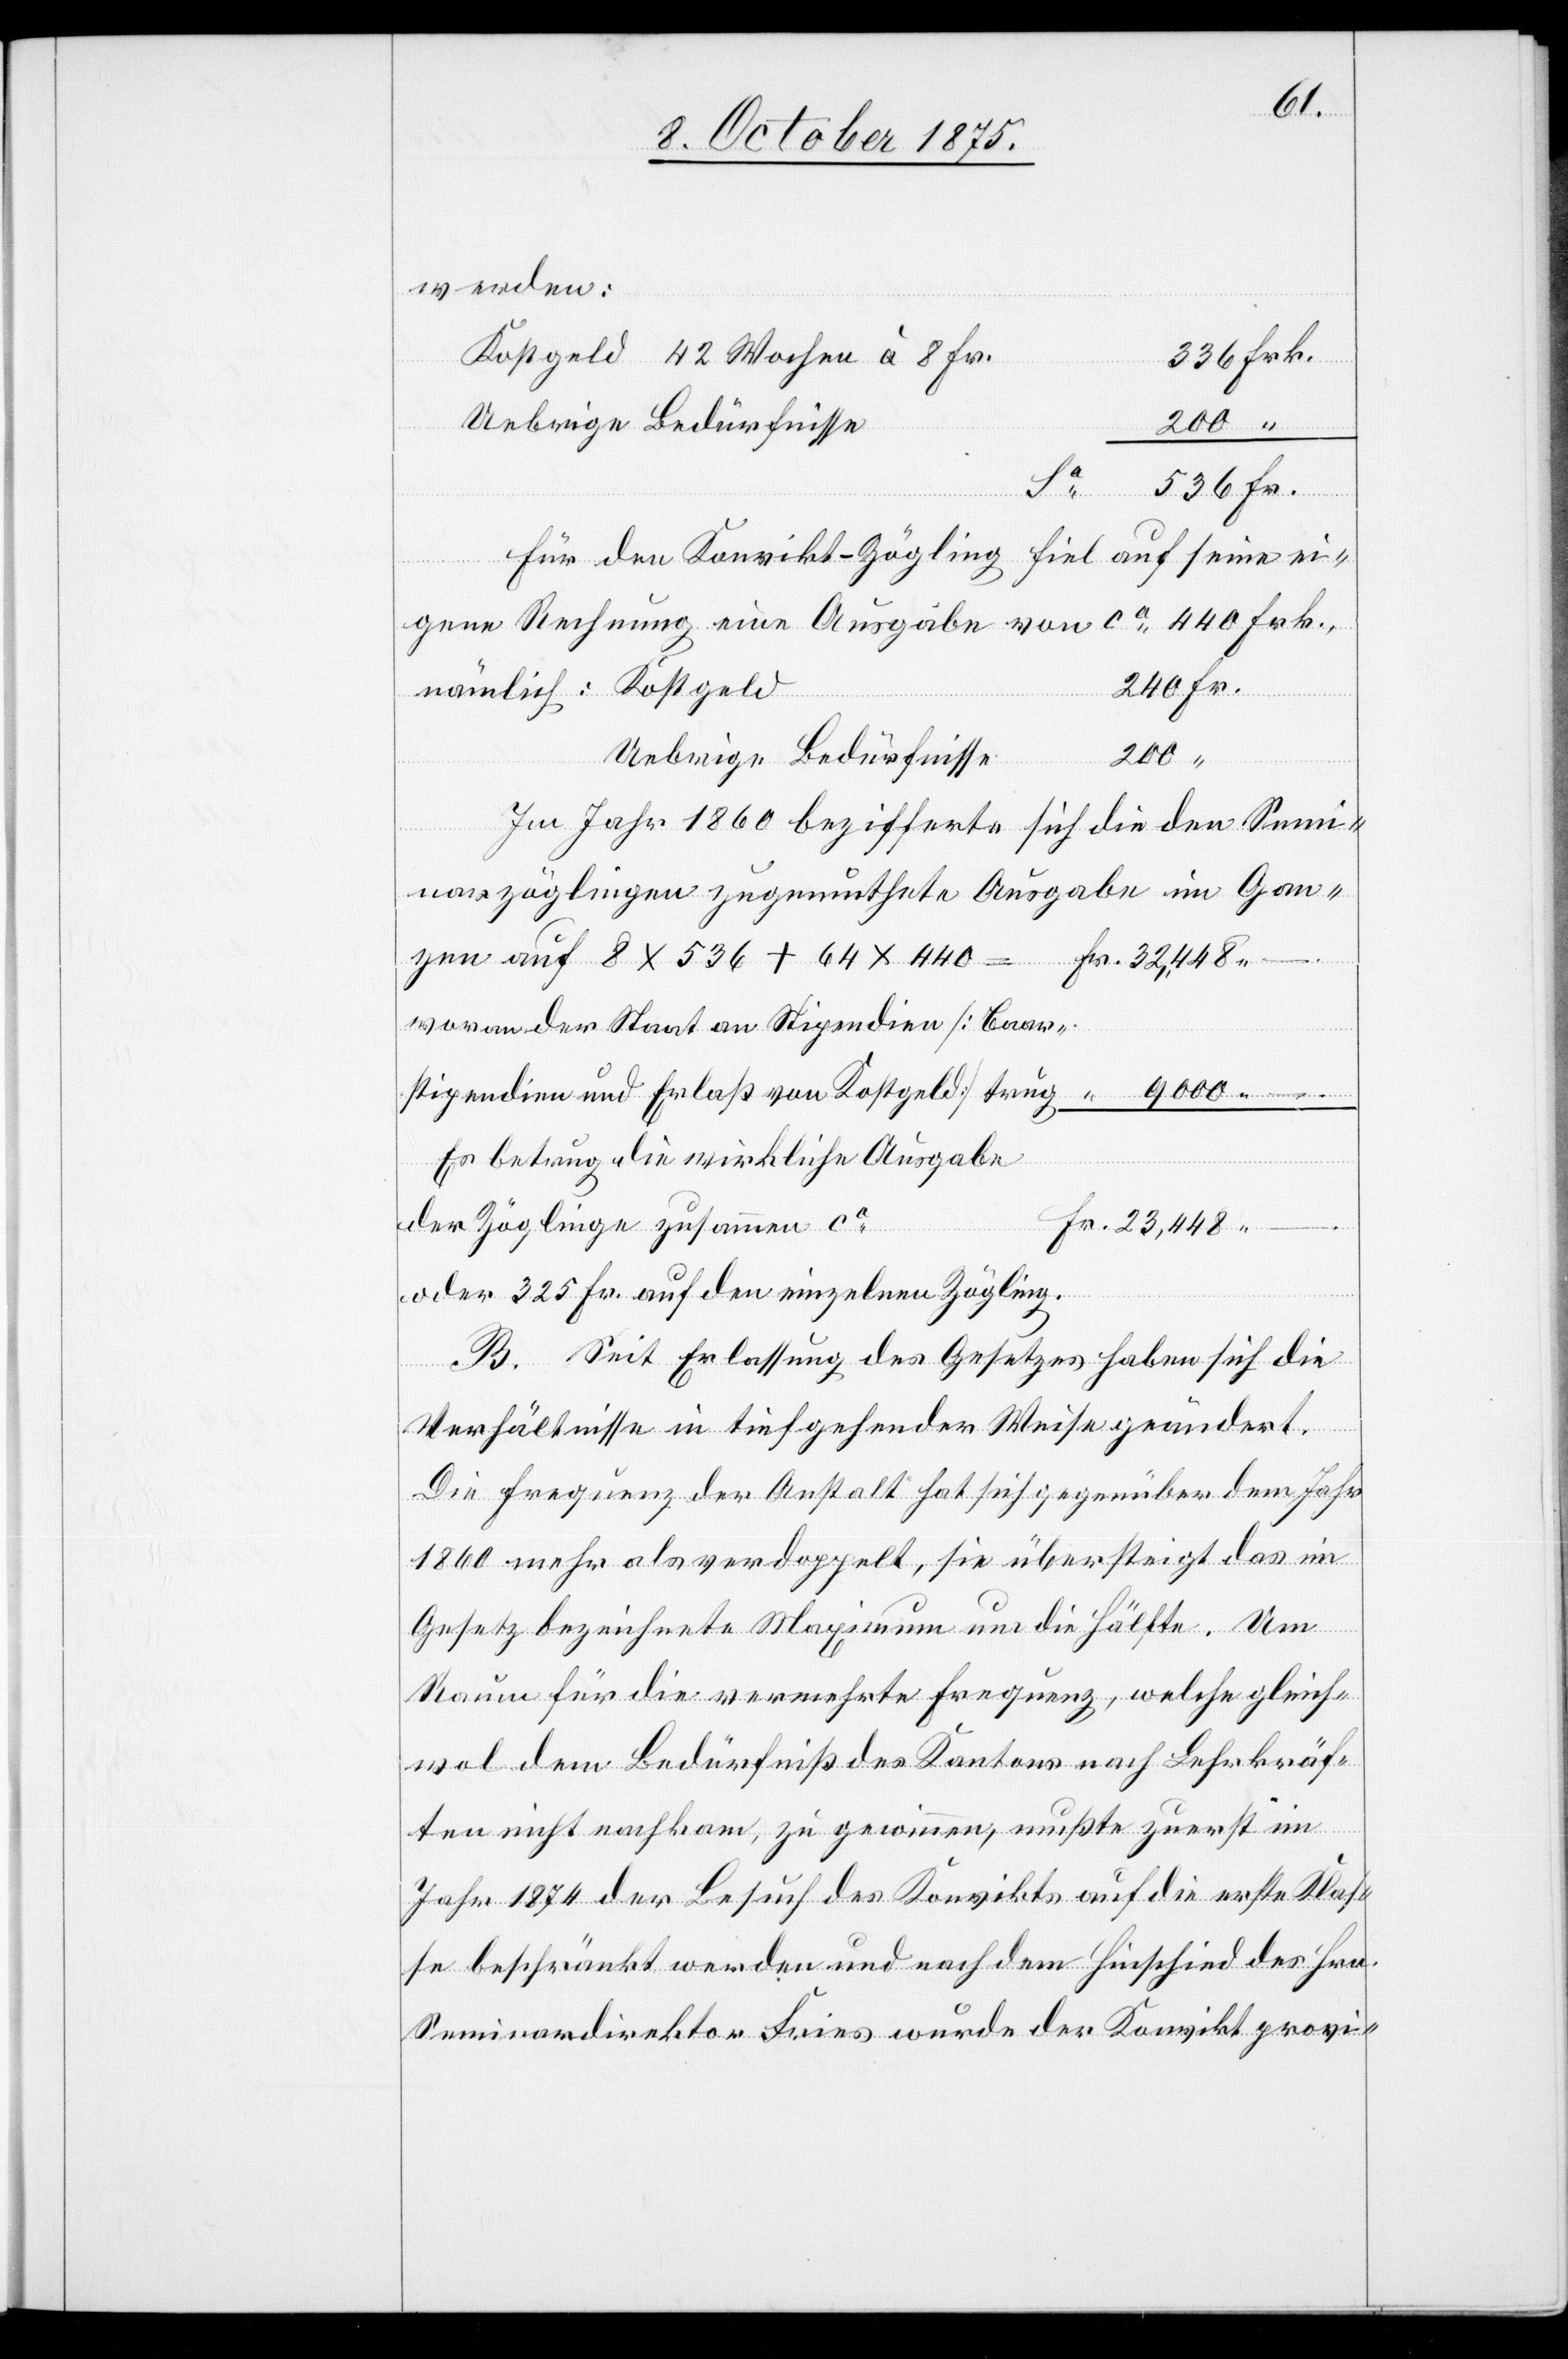
werden:
Kostgeld 42 Wochen à 8 Fr.
Fr.
Für den Konvikt-Zögling fiel auf seine ei¬
gene Rechnung eine Ausgabe von ca 440 Frk.,
200
Uebrige Bedürfnisse
–.
Im Jahr 1860 bezifferte sich die den Semi¬
narzöglingen zugemuthete Ausgabe im Gan¬
zen auf 8 x 536 + 64 x 440
Kostgeld
woran der Staat an Stipendien [Baar¬
9000 –.
stipendien und Erlaß von Kostgeld] trug
Es betrug die wirkliche Ausgabe
der Zöglinge zusammen ca
oder 325 Fr. auf den einzelnen Zögling.
B. Seit Erlassung des Gesetzes haben sich die
Verhältnisse in tiefgehender Weise geändert.
Die Frequenz der Anstalt hat sich gegenüber dem Jahr
1860 mehr als verdoppelt, sie übersteigt das im
Gesetz bezeichnete Maximum um die Hälfte. Um
Raum für die vermehrte Frequenz, welche gleich¬
wol dem Bedürfniß des Kantons nach Lehrkräf¬
ten nicht nachkam, zu gewinnen, mußte zuerst im
Jahr 1874 der Besuch des Konvikts auf die erste Klas¬
se beschränkt werden und nach dem Hinschied des Hrn.
Seminardirektor Fries wurde der Konvikt provi-